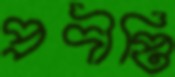
প্রদীপ্তি